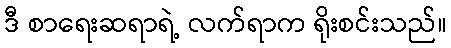
ဒီ စာရေးဆရာရဲ့ လက်ရာက ရိုးစင်းသည်။